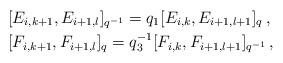
LaTeX: \begin{align*}&[E_{i,k+1},E_{i+1,l}]_{q^{-1}}=q_1 [E_{i,k},E_{i+1,l+1}]_{q}\,,\\&[F_{i,k+1},F_{i+1,l}]_{q}=q_3^{-1} [F_{i,k},F_{i+1,l+1}]_{q^{-1}}\,,\end{align*}